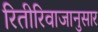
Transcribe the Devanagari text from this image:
रितीरिवाजानुसार